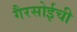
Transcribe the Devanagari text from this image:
गैरसोईची